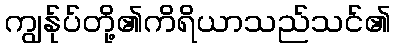
ကျွန်ုပ်တို့၏ကိရိယာသည်သင်၏